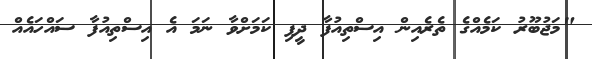
"މަޖުބޫރު ކަމެއްގެ ތެރެއިން އިސްތިއުފާ ދީފި ކަމަށްވާ ނަމަ އެ އިސްތިއުފާ ސައްހައެއް